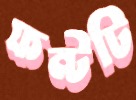
ফন্টটি